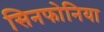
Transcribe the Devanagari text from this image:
सिनफोनिया